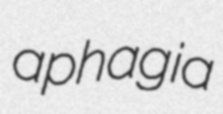
aphagia